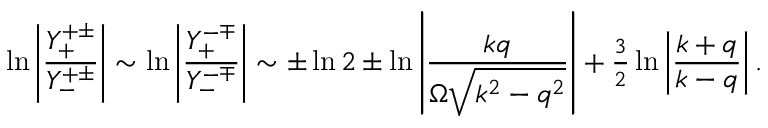
\ln \left| \frac { Y _ { + } ^ { + \pm } } { Y _ { - } ^ { + \pm } } \right| \sim \ln \left| \frac { Y _ { + } ^ { - \mp } } { Y _ { - } ^ { - \mp } } \right| \sim \pm \ln 2 \pm \ln \left| \frac { k q } { \Omega \sqrt { k ^ { 2 } - q ^ { 2 } } } \right| + { \textstyle \frac { 3 } { 2 } } \ln \left| \frac { k + q } { k - q } \right| .